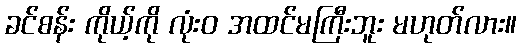
ခင်စန်း ကိုယ့်ကို လုံးဝ အထင်မကြီးဘူး မဟုတ်လား။